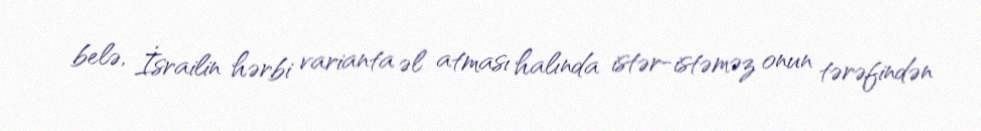
belə, İsrailin hərbi varianta əl atması halında istər-istəməz onun tərəfindən